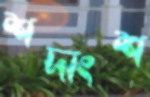
শদাংশ